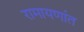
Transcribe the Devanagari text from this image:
रामायणांत